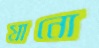
যানো